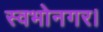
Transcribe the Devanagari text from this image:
स्वभोनगर।